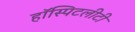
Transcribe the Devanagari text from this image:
हॉस्पिटलीटी